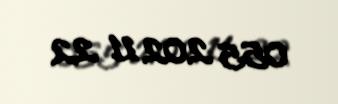
055 202 11 22